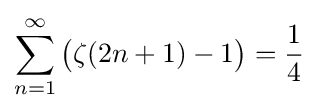
\sum _{n=1}^{\infty }{\bigl (}\zeta (2n+1)-1{\bigr )}={\frac {1}{4}}